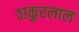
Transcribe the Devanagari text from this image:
ठाकुरलाल